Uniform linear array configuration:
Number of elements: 48
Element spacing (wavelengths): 0.75
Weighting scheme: blackman
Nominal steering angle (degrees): -15
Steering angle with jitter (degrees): -14.988
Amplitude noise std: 0.05
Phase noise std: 0.05

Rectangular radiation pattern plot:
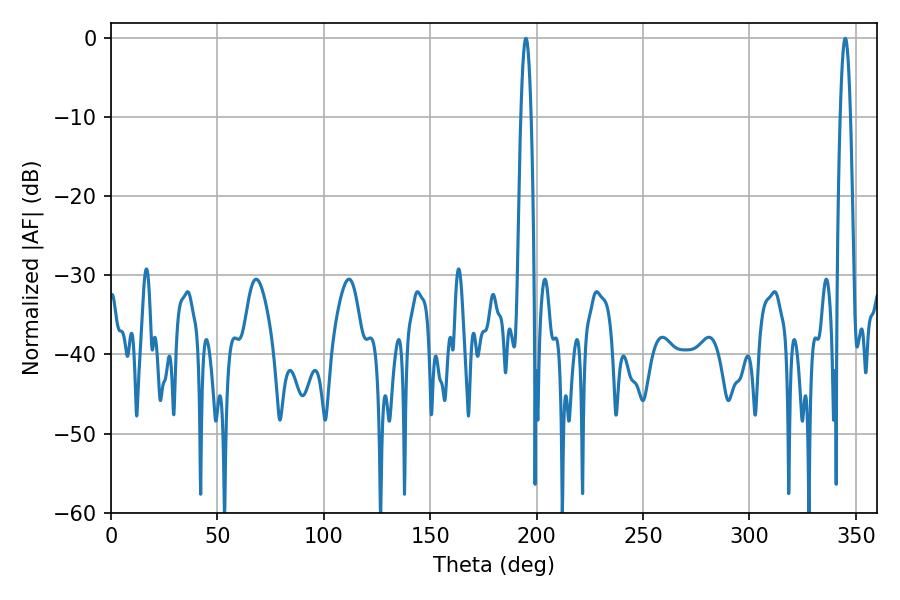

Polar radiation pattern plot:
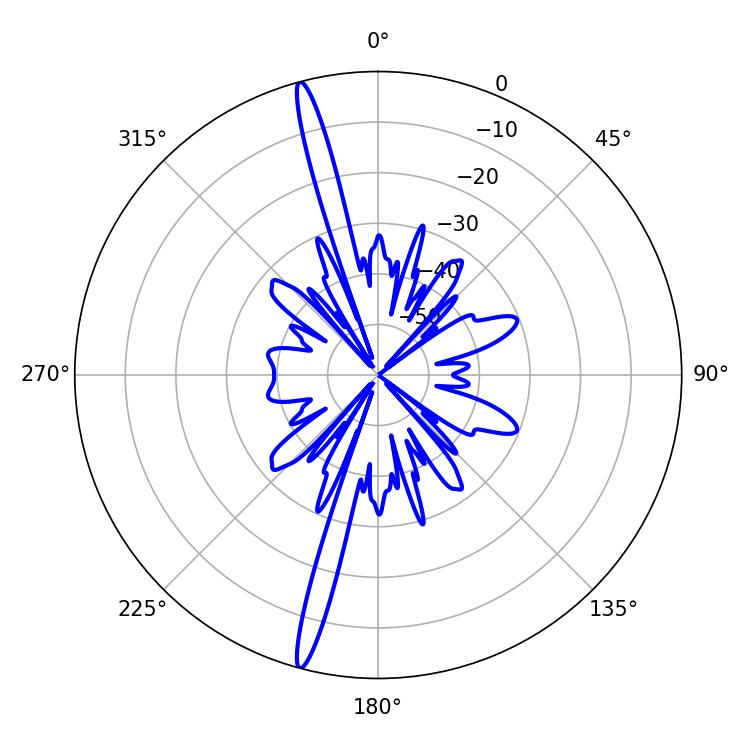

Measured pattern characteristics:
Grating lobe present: TRUE
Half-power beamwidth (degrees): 2.52
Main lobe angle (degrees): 194.94